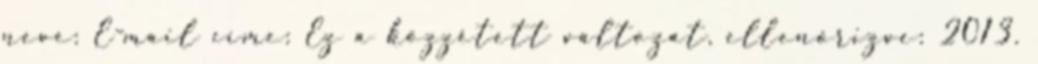
neve: E-mail címe: Ez a közzétett változat, ellenőrizve: 2013.